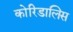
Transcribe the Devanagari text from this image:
कोरिडालिस